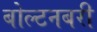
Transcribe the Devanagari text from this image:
बोल्टनबरी